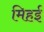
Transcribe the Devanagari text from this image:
मिहई